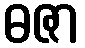
ဓဇာ